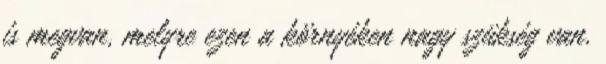
is megvan, melyre ezen a környéken nagy szükség van.